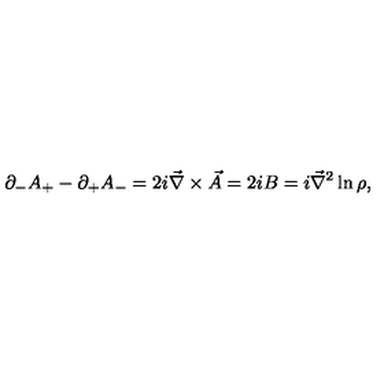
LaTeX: \partial _ { - } A _ { + } - \partial _ { + } A _ { - } = 2 i \vec { \nabla } \times { \vec { A } } = 2 i B = i \vec { \nabla } ^ { 2 } \ln \rho ,